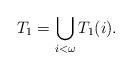
LaTeX: \begin{align*}T_{1} = \bigcup_{i<\omega} T_{1}(i).\end{align*}